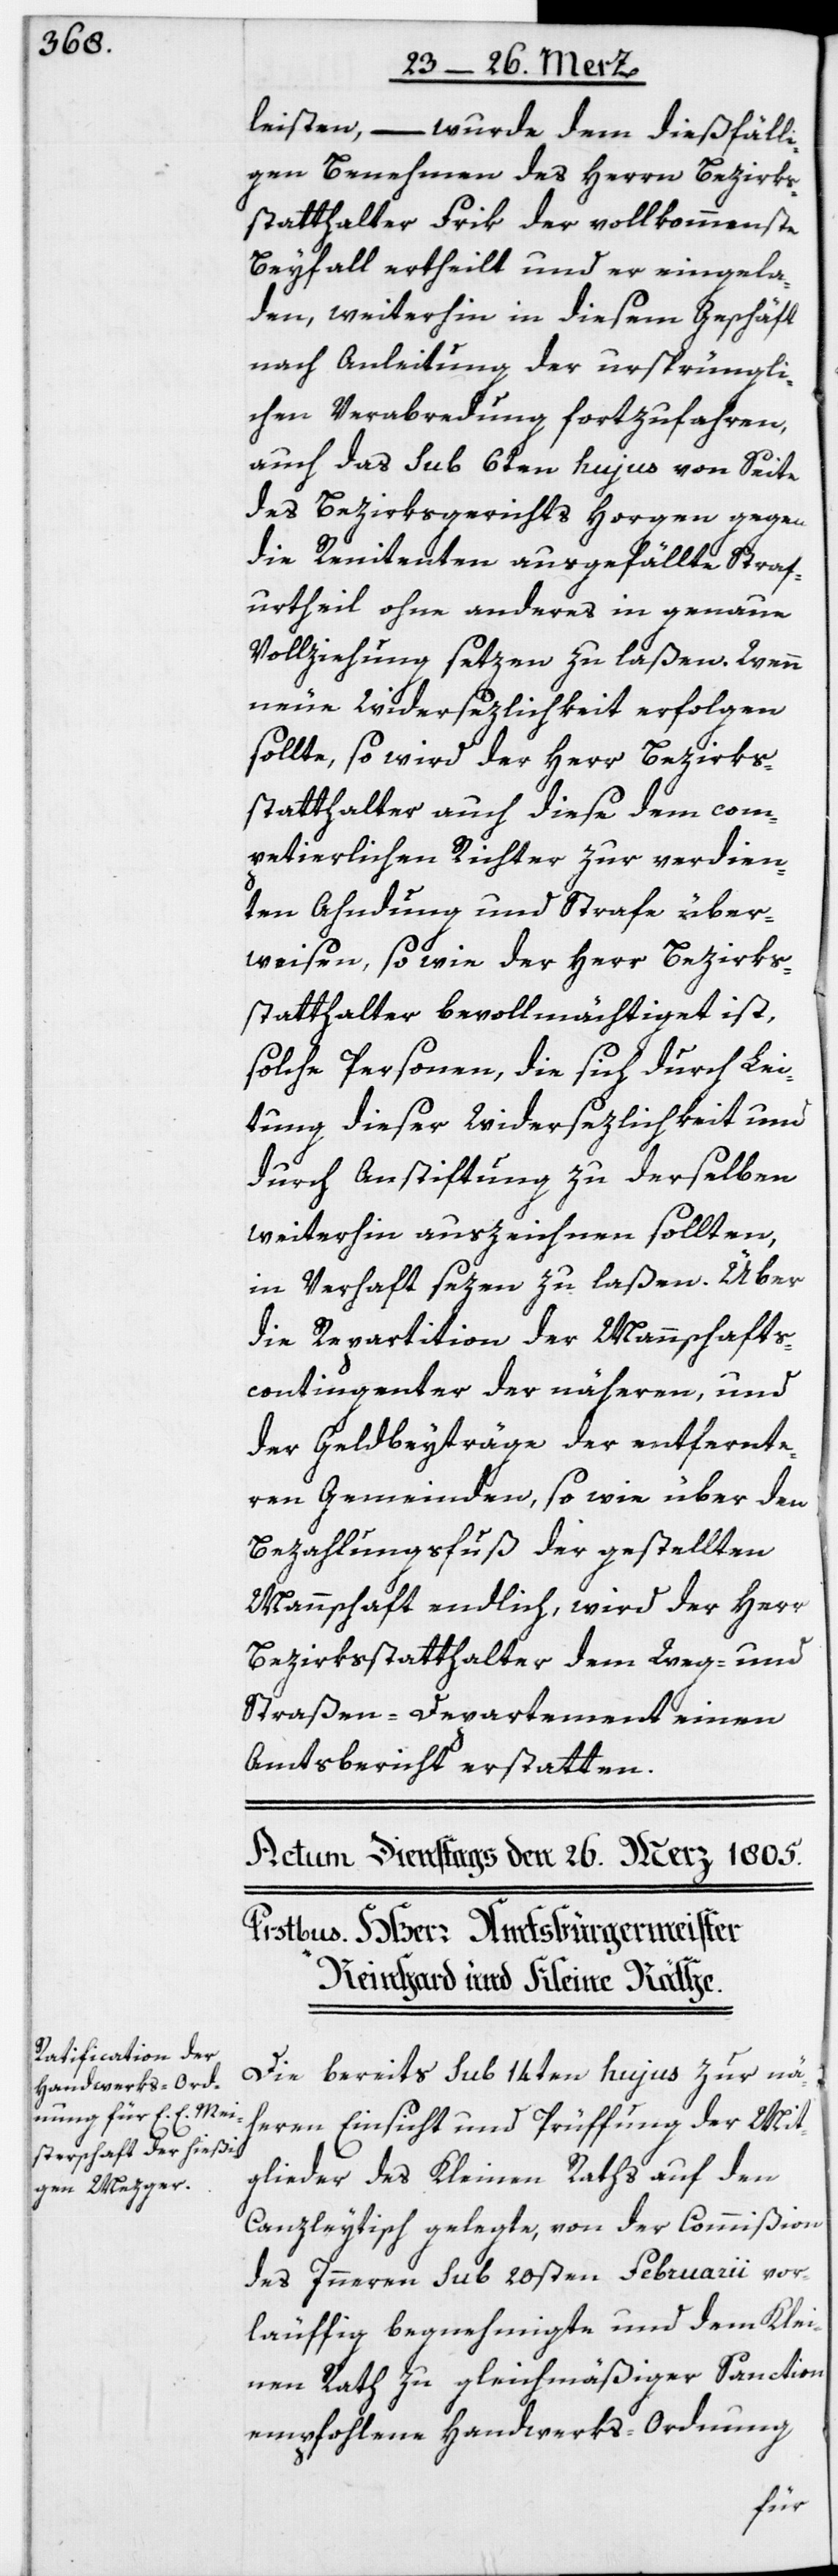
leisten, – wurde dem dießfälli¬
gen Benehmen des Herrn Bezirks¬
statthalter Frik der vollkommenste
Beyfall ertheilt und er eingela¬
den, weiterhin in diesem Geschäft
nach Anleitung der ursprüngli¬
chen Verabredung fortzufahren,
auch das sub 6ten hujus von Seite
des Bezirksgerichts Horgen gegen
die Renitenten ausgefällte Straf¬
urtheil ohne anderes in genaue
Vollziehung setzen zu laßen. Wenn
neue Widersezlichkeit erfolgen
sollte, so wird der Herr Bezirks¬
statthalter auch diese dem com¬
petierlichen Richter zur verdien¬
ten Ahndung und Strafe über¬
weisen, so wie der Herr Bezirks¬
statthalter bevollmächtiget ist,
solche Personen, die sich durch Lei¬
tung dieser Widersezlichkeit und
durch Anstiftung zu derselben
weiterhin auszeichnen sollten,
in Verhaft sezen zu laßen. Über
die Repartition der Mannschafts¬
contingenter der näheren, und
der Geldbeyträge der entfernte¬
ren Gemeinden, so wie über den
Bezahlungsfuß der gestellten
Mannschaft endlich, wird der Herr
Bezirksstatthalter dem Weg- und
Straßen-Departement einen
Amtsbericht erstatten.
Die bereits sub 14ten hujus zur nä¬
heren Einsicht und Prüffung der Mit¬
glieder des Kleinen Raths auf den
Canzleytisch gelegte, von der Commißion
des Inneren sub 20sten Februarii vor¬
läuffig begnehmigte und dem Klei¬
nen Rath zu gleichmäßiger Sanction
empfohlene Handwerks-Ordnung